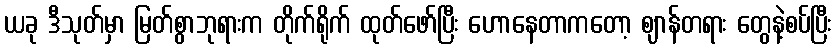
ယခု ဒီသုတ်မှာ မြတ်စွာဘုရားက တိုက်ရိုက် ထုတ်ဖော်ပြီး ဟောနေတာကတော့ ဈာန်တရား တွေနဲ့စပ်ပြီး